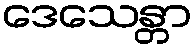
ဒေသေန္တာ